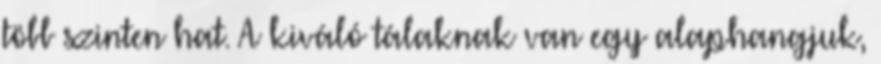
több szinten hat. A kiváló tálaknak van egy alaphangjuk,